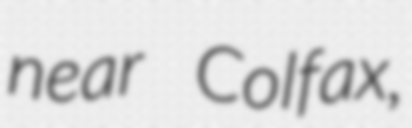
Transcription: near Colfax,